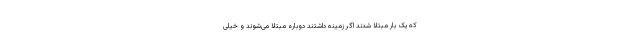
که یک بار مبتلا شدند اگر زمینه داشتند دوباره مبتلا می‌شوند و خیلی